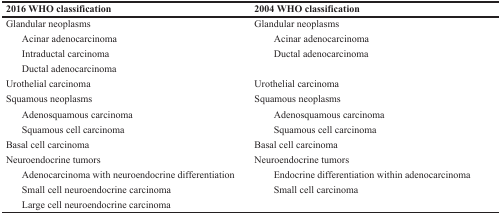
<table><thead><tr><td><b>2016 WHO classification</b></td><td><b>2004 WHO classification</b></td></tr></thead><tbody><tr><td>Glandular neoplasms</td><td>Glandular neoplasms</td></tr><tr><td>Acinar adenocarcinoma</td><td>Acinar adenocarcinoma</td></tr><tr><td>Intraductal carcinoma</td><td>Ductal adenocarcinoma</td></tr><tr><td>Ductal adenocarcinoma</td><td></td></tr><tr><td>Urothelial carcinoma</td><td>Urothelial carcinoma</td></tr><tr><td>Squamous neoplasms</td><td>Squamous neoplasms</td></tr><tr><td>Adenosquamous carcinoma</td><td>Adenosquamous carcinoma</td></tr><tr><td>Squamous cell carcinoma</td><td>Squamous cell carcinoma</td></tr><tr><td>Basal cell carcinoma</td><td>Basal cell carcinoma</td></tr><tr><td>Neuroendocrine tumors</td><td>Neuroendocrine tumors</td></tr><tr><td>Adenocarcinoma with neuroendocrine differentiation</td><td>Endocrine differentiation within adenocarcinoma</td></tr><tr><td>Small cell neuroendocrine carcinoma</td><td>Small cell carcinoma</td></tr><tr><td>Large cell neuroendocrine carcinoma</td><td></td></tr></tbody></table>